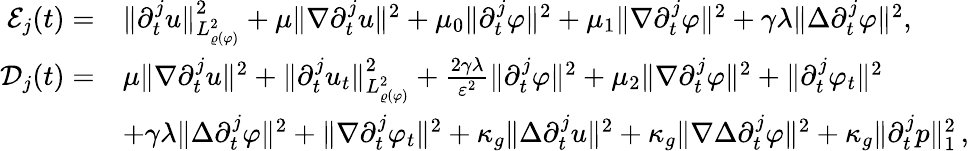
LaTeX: \begin{array}{rl}{\mathcal{E}_{j}(t)=}&{\| \partial_{t}^{j}u\| _{L_{\varrho(\varphi)}^{2}}^{2}+\mu\| \nabla\partial_{t}^{j}u\| ^{2}+\mu_{0}\| \partial_{t}^{j}\varphi\| ^{2}+\mu_{1}\| \nabla\partial_{t}^{j}\varphi\| ^{2}+\gamma\lambda\| \Delta\partial_{t}^{j}\varphi\| ^{2},}\\ {\mathcal{D}_{j}(t)=}&{\mu\| \nabla\partial_{t}^{j}u\| ^{2}+\| \partial_{t}^{j}u_{t}\| _{L_{\varrho(\varphi)}^{2}}^{2}+\frac{2\gamma\lambda}{\varepsilon^{2}}\| \partial_{t}^{j}\varphi\| ^{2}+\mu_{2}\| \nabla\partial_{t}^{j}\varphi\| ^{2}+\| \partial_{t}^{j}\varphi_{t}\| ^{2}}\\ &{+\gamma\lambda\| \Delta\partial_{t}^{j}\varphi\| ^{2}+\| \nabla\partial_{t}^{j}\varphi_{t}\| ^{2}+\kappa_{g}\| \Delta\partial_{t}^{j}u\| ^{2}+\kappa_{g}\| \nabla\Delta\partial_{t}^{j}\varphi\| ^{2}+\kappa_{g}\| \partial_{t}^{j}p\| _{1}^{2}\, ,}\end{array}